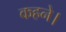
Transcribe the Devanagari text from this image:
कहने।